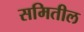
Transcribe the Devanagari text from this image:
समितील